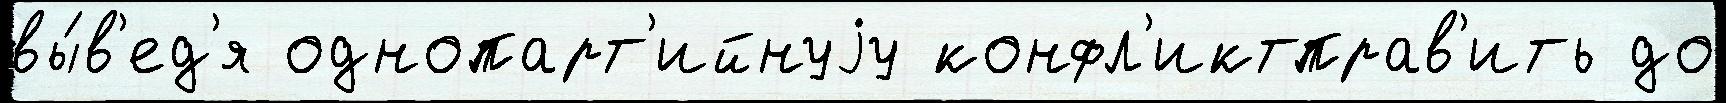
вы́в'ед'я однопарт'ийнуjу конфл'иктправ'ить до